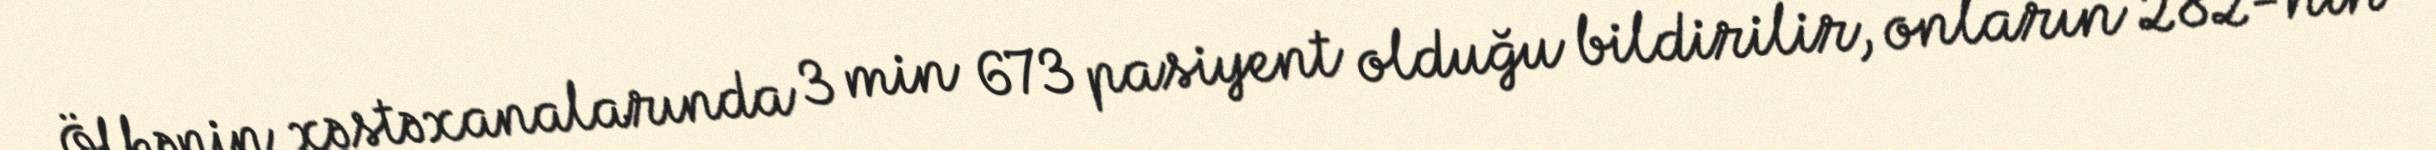
Ölkənin xəstəxanalarında 3 min 673 pasiyent olduğu bildirilir, onların 282-nin